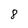
Character: 8